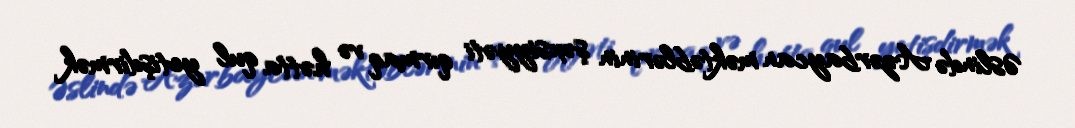
Əslində Azərbaycan məktəblərinin şəxsiyyəti qırmaq və hətta qul yetişdirmək